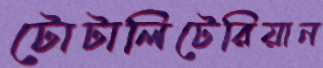
টোটালিটেরিয়ান